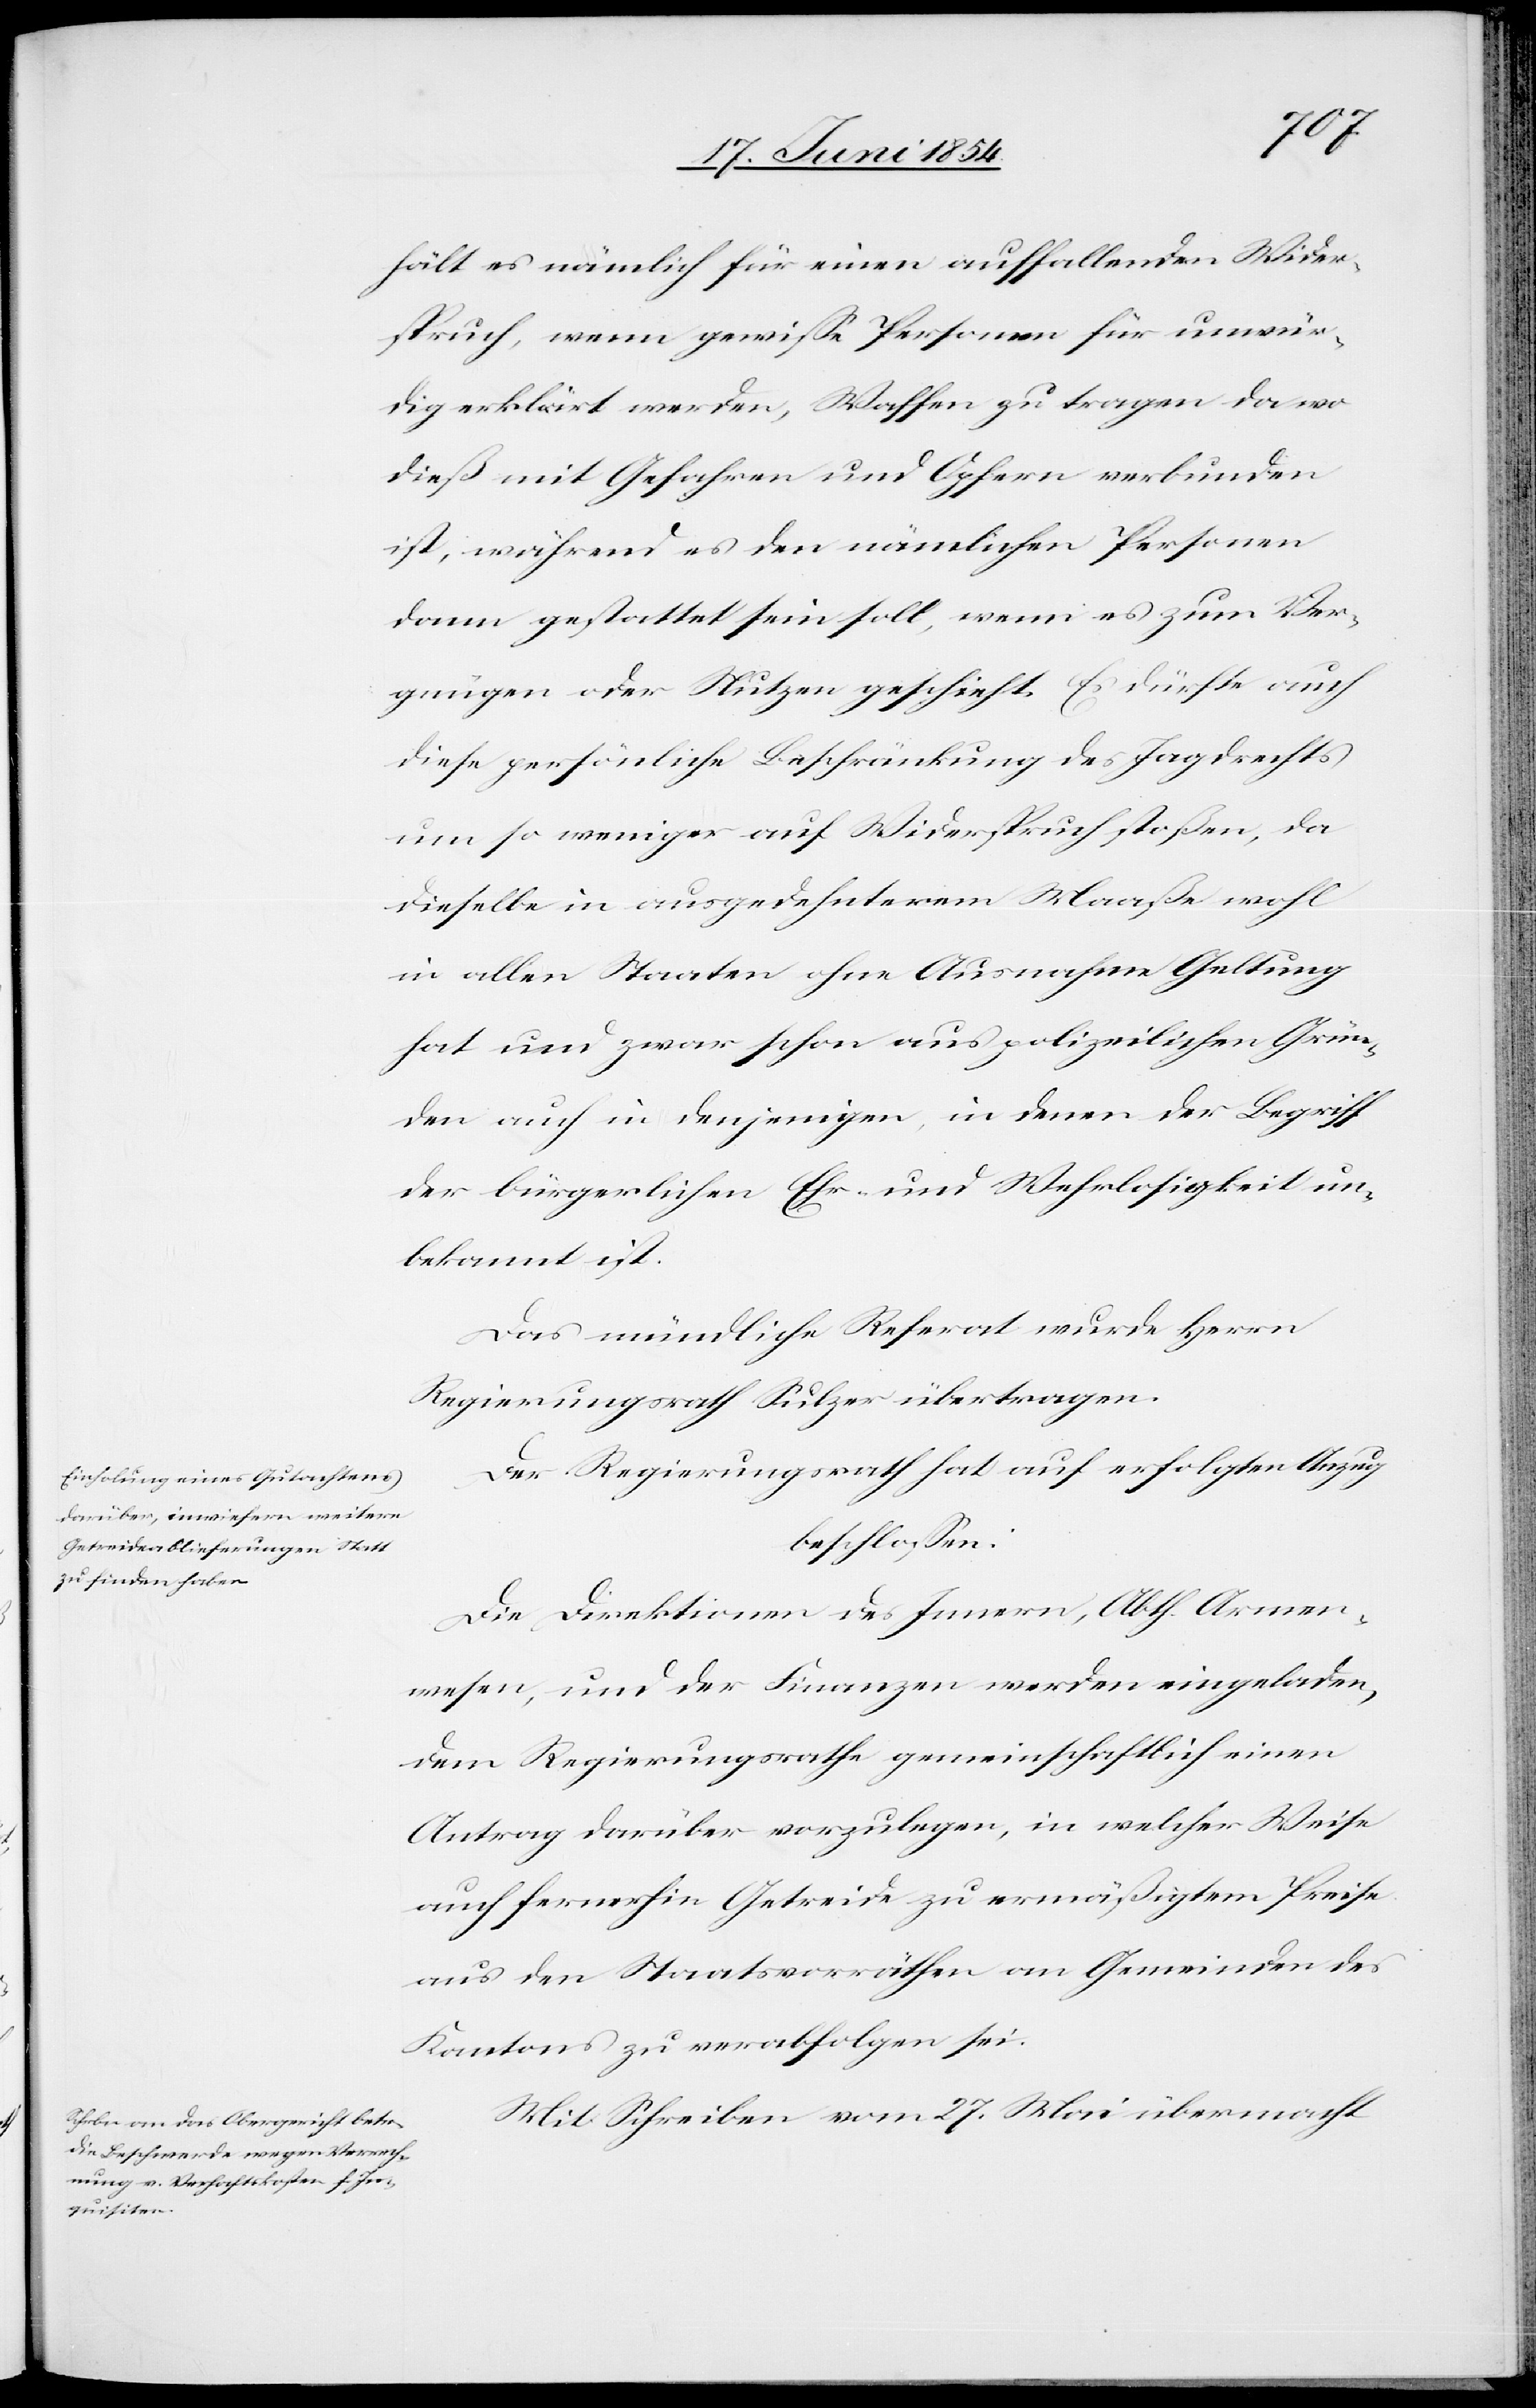
hält es nämlich für einen auffallenden Wider¬
spruch, wenn gewiße Personen für unwür¬
dig erklärt werden, Waffen zu tragen da wo
dieß mit Gefahren und Opfern verbunden
ist, während es den nämlichen Personen
dann gestattet sein soll, wenn es zum Ver¬
gnügen oder Nutzen geschieht. Es dürfte auch
diese persönliche Beschränkung des Jagdrechtes
um so weniger auf Widerspruch stoßen, da
dieselben in ausgedehnterem Maaße wohl
in allen Staaten ohne Ausnahme Geltung
hat und zwar schon aus polizeilichen Grün¬
den auch in denjenigen, in denen der Begriff
der bürgerlichen Ehr- und Wehrlosigkeit un¬
bekannt ist.
Das mündliche Referat wurde Herrn
Regierungsrath Sulzer übertragen.
Der Regierungsrath hat auf erfolgten Anzug
beschloßen:
Die Direktionen des Innern, Abth. Armen¬
wesen, und der Finanzen werden eingeladen,
dem Regierungsrathe gemeinschaftlich einen
Antrag darüber vorzulegen, in welcher Weise
auch fernerhin Getreide zu ermäßigtem Preise
aus den Staatsvorräthen an Gemeinden des
Kantons zu verabfolgen sei.
Mit Schreiben vom 27. Mai übermacht